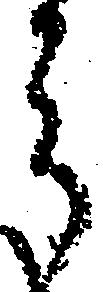
郎